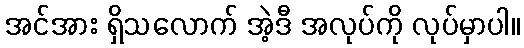
အင်အား ရှိသလောက် အဲ့ဒီ အလုပ်ကို လုပ်မှာပါ။